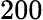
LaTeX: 200